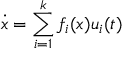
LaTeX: { \dot { x } } = \sum _ { i = 1 } ^ { k } f _ { i } ( x ) u _ { i } ( t )